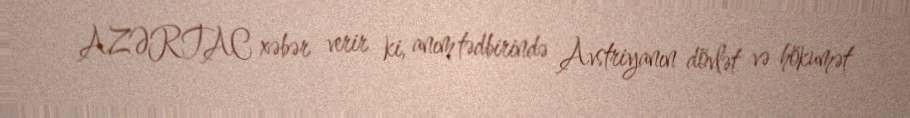
AZƏRTAC xəbər verir ki, anım tədbirində Avstriyanın dövlət və hökumət